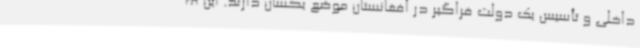
داخلی و تأسیس یک دولت فراگیر در افغانستان موضع یکسان دارند. این ف